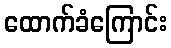
ထောက်ခံကြောင်း